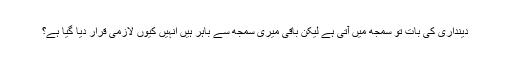
دینداری کی بات تو سمجھ میں آتی ہے لیکن باقی میری سمجھ سے باہر ہیں انہیں کیوں لازمی قرار دیا گیا ہے؟